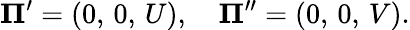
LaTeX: {\mathbf\Pi^{\prime}}=(0,\, 0,\, U),\quad{\mathbf\Pi}^{\prime\prime}=(0,\, 0,\, V){.}